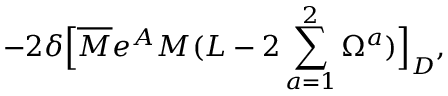
- 2 \delta \Bigl [ \overline { { M } } e ^ { A } M ( L - 2 \sum _ { a = 1 } ^ { 2 } { \Omega ^ { a } } ) \Bigr ] _ { D } ,